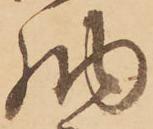
納